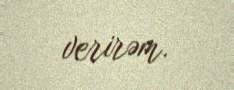
verirəm.